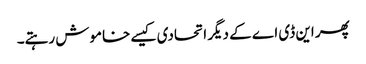
پھر این ڈی اے کے دیگر اتحادی کیسے خاموش رہتے۔